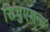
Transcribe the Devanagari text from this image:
सिचुएशन्स